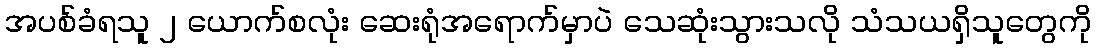
အပစ်ခံရသူ ၂ ယောက်စလုံး ဆေးရုံအရောက်မှာပဲ သေဆုံးသွားသလို သံသယရှိသူတွေကို